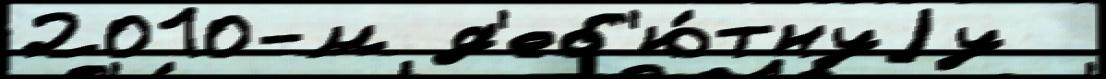
2010-м д'еб'ю́тнуjу